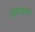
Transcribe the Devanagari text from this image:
संपादकावर